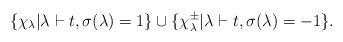
LaTeX: \begin{align*}\{\chi_\lambda|\lambda\vdash t,\sigma(\lambda)=1\}\cup\{\chi_\lambda^\pm|\lambda\vdash t,\sigma(\lambda)=-1\}.\end{align*}